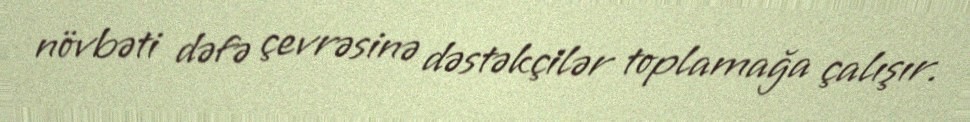
növbəti dəfə çevrəsinə dəstəkçilər toplamağa çalışır.